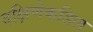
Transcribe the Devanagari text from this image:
दक्षिणेकडिल